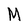
Character: M